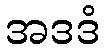
အဒဒံ